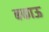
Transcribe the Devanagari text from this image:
बकाऊ